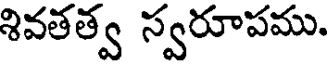
శివతత్వ స్వరూపము.